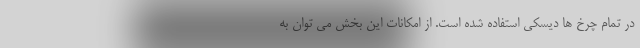
در تمام چرخ ها دیسکی استفاده شده است. از امکانات این بخش می توان به